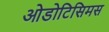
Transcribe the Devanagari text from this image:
ओडोटिसिमस